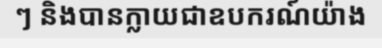
ៗ និងបានក្លាយជាឧបករណ៍យ៉ាង